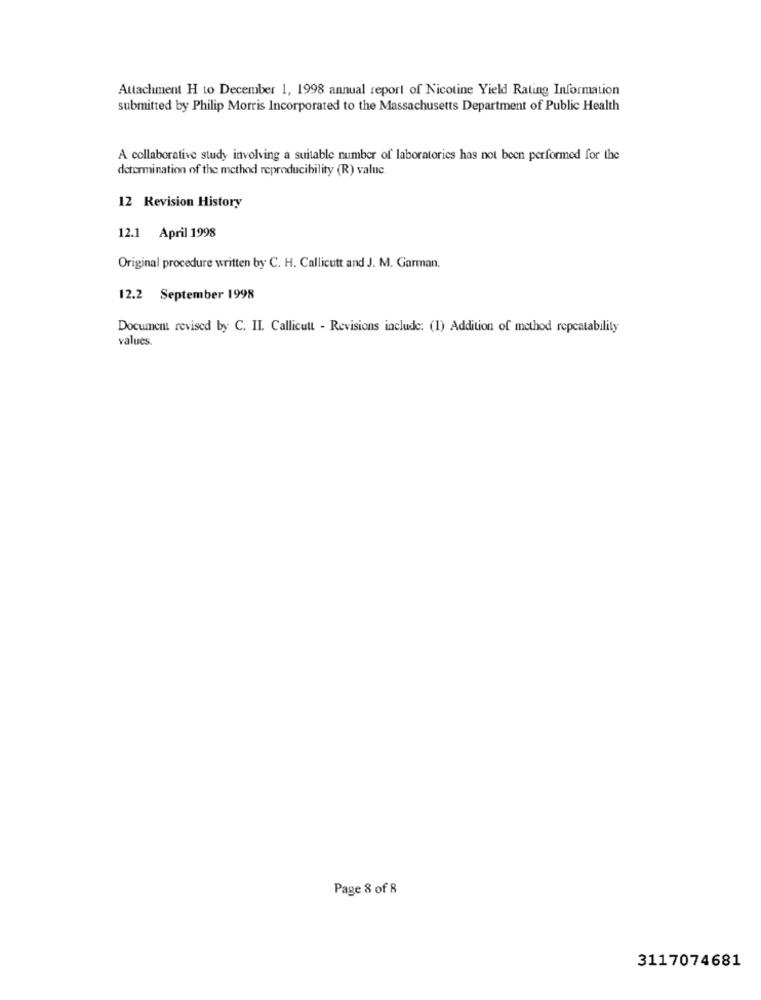
Attachment H to December 1, 1998 annual report of Nicotine Yield Rating Information
submitted by Philip Morris Incorporated to the Massachusetts Department of Public Health
A collaborative study involving a suitable number of laboratories has not been performed for the
determination of the method reproducibility (R) value.
12 Revision History
12.1 April 1998
Original procedure written by C. H. Callicutt and J. M. Garman.
12.2 September 1998
Document revised by C. IL. Callicutt - Revisions include: (1) Addition of method repeatability
values.
Page 8 of 8
3117074681